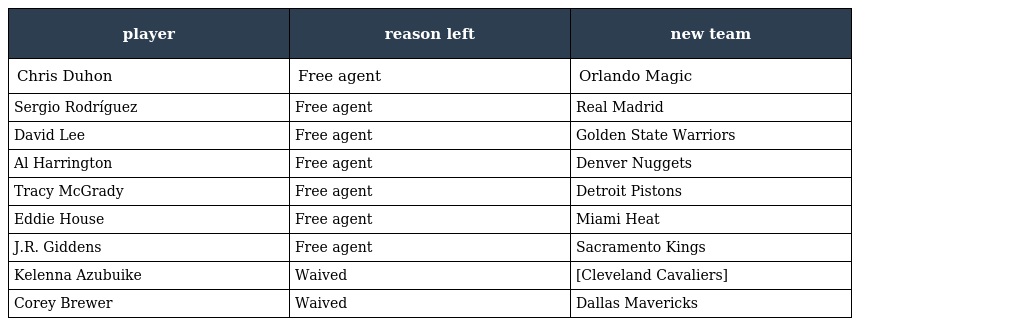
| player | reason left | new team |
 | --- | --- | --- |
 | Chris Duhon | Free agent | Orlando Magic |
 | Sergio Rodríguez | Free agent | Real Madrid |
 | David Lee | Free agent | Golden State Warriors |
 | Al Harrington | Free agent | Denver Nuggets |
 | Tracy McGrady | Free agent | Detroit Pistons |
 | Eddie House | Free agent | Miami Heat |
 | J.R. Giddens | Free agent | Sacramento Kings |
 | Kelenna Azubuike | Waived | [Cleveland Cavaliers] |
 | Corey Brewer | Waived | Dallas Mavericks |